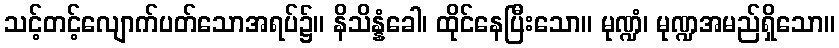
သင့်တင့်လျောက်ပတ်သောအရပ်၌။ နိသိန္နံခေါ၊ ထိုင်နေပြီးသော။ မုဏ္ဍံ၊ မုဏ္ဍအမည်ရှိသော။